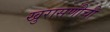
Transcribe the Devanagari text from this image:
खुरासणीची